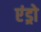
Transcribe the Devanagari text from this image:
एंड्रो